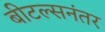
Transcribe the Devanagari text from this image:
बीटल्सनंतर